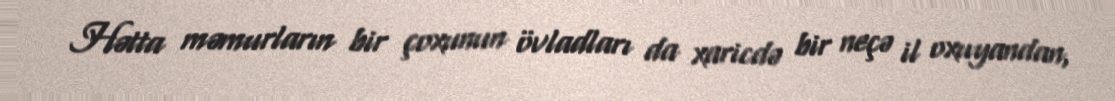
Hətta məmurların bir çoxunun övladları da xaricdə bir neçə il oxuyandan,